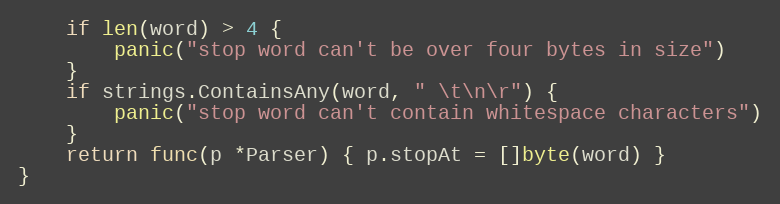
Language: Go
	if len(word) > 4 {
		panic("stop word can't be over four bytes in size")
	}
	if strings.ContainsAny(word, " \t\n\r") {
		panic("stop word can't contain whitespace characters")
	}
	return func(p *Parser) { p.stopAt = []byte(word) }
}